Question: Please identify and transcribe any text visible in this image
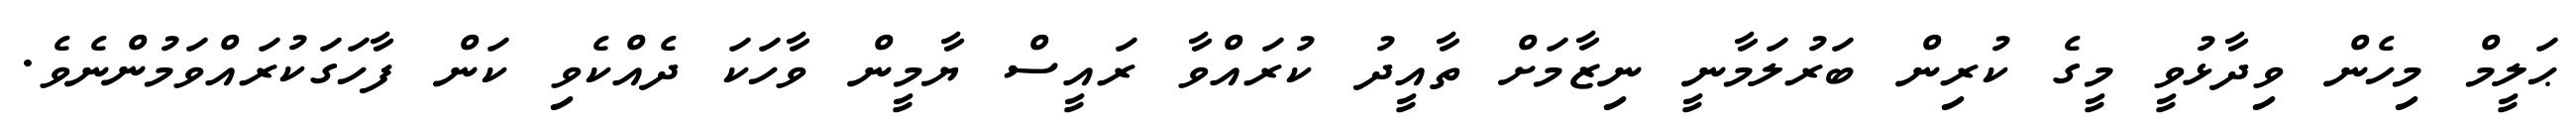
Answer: ޙަލީމް މިހެން ވިދާޅުވީ މީގެ ކުރިން ބަރުލަމާނީ ނިޒާމަށް ތާއީދު ކުރައްވާ ރައީސް ޔާމީން ވާހަކަ ދެއްކެވި ކަން ފާހަގަކުރައްވަމުންނެވެ.